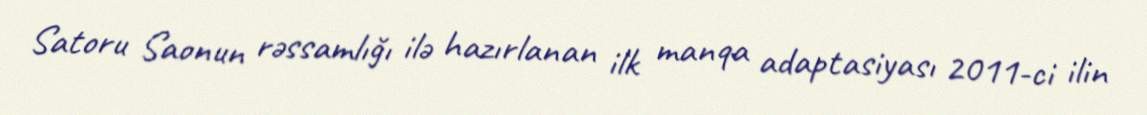
Satoru Saonun rəssamlığı ilə hazırlanan ilk manqa adaptasiyası 2011-ci ilin